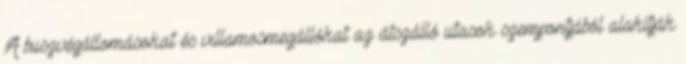
A buszvégállomásokat és villamosmegállókat az átszálló utasok szempontjából alakítják